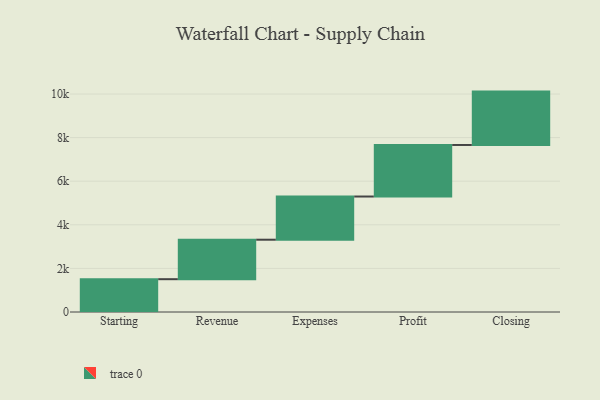
{"axis": {"x": "Step", "y": "Value"}, "legend": [""], "data": [{"x": "Starting", "y": 1505.0, "type": ""}, {"x": "Revenue", "y": 1811.0, "type": ""}, {"x": "Expenses", "y": 1981.0, "type": ""}, {"x": "Profit", "y": 2365.0, "type": ""}, {"x": "Closing", "y": 2448.0, "type": ""}]}